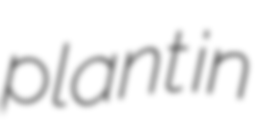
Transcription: plant in